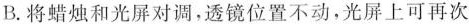
B. 将蜡烛和光屏对调，透镜位置不动，光屏上可再次